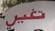
تغير